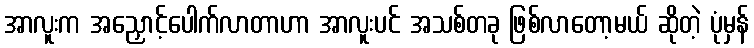
အာလူးက အညှောင့်ပေါက်လာတာဟာ အာလူးပင် အသစ်တခု ဖြစ်လာတော့မယ် ဆိုတဲ့ ပုံမှန်